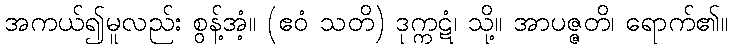
အကယ်၍မူလည်း စွန့်အံ့။ (ဧဝံ သတိ) ဒုက္ကဋံ၊ သို့။ အာပဇ္ဇတိ၊ ရောက်၏။